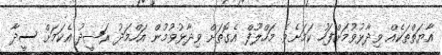
އާޔަތްތަކެއް ވިދާޅުވުމަށްފަހު ކަމަށެވެ. މަހްލޫފް އެގޮތަށް ވިދާޅުވުމުން އަހްމަދު ރަޝީދު އެކަމަށް ސީދާ